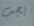
يجب